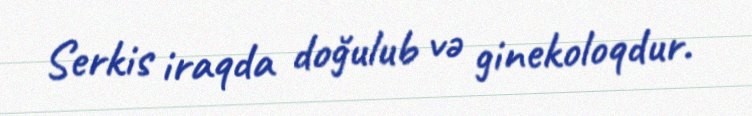
Serkis iraqda doğulub və ginekoloqdur.